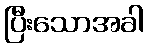
ပြီးသောအခါ